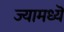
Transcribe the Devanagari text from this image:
ज्यामध्यॆ